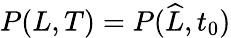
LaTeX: P(L,T)=P(\widehat{L},t_{0})